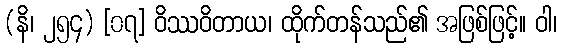
(နိ၊ ၂၅၄) [၀၇] ဝိဿဝိတာယ၊ ထိုက်တန်သည်၏ အဖြစ်ဖြင့်။ ဝါ၊